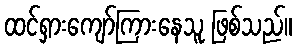
ထင်ရှားကျော်ကြားနေသူ ဖြစ်သည်။